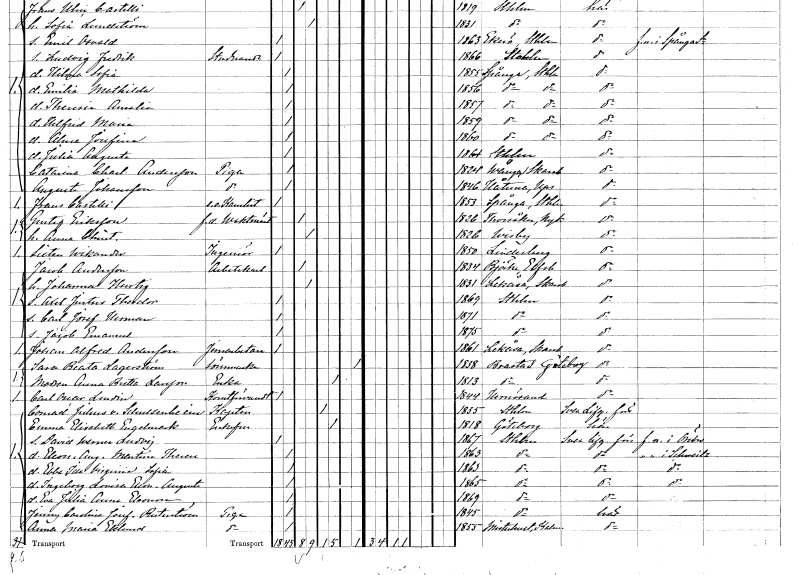
gt_parse: households: individuals: FN: Frans
EN: Castelli
YRKE: Kanslist e.o.
KON: M
CIV: O
FODAR: 1853
FODFORS: Spånga Stockholms län
FN: Gustaf
EN: Eriksson
YRKE: Vaktmästare f.d.
KON: M
CIV: G
FODAR: 1826
FODFORS: Torsåker Södermanlands län
FN: Anna Christina
KON: K
CIV: G
FODAR: 1826
FODFORS: Visby Gotlands län
FN: Sixten
EN: Wikander
YRKE: Ingenjör
KON: M
CIV: O
FODAR: 1850
FODFORS: Lindesberg Örebro län
FN: Jacob
EN: Andersson
YRKE: Arbetskarl
KON: M
CIV: G
FODAR: 1834
FODFORS: Björke Älvsborgs län
FN: Johanna
EN: Hurtig
KON: K
CIV: G
FODAR: 1831
FODFORS: Lekåsa Skaraborgs län
FN: Axel Justus Theodor
KON: M
CIV: O
FODAR: 1869
FODFORS: Stockholm
FN: Carl Josef Herman
KON: M
CIV: O
FODAR: 1871
FODFORS: Stockholm
FN: Jacob Emanuel
KON: M
CIV: O
FODAR: 1875
FODFORS: Stockholm
FN: Johan Alfred
EN: Andersson
YRKE: Järnarbetare
KON: M
CIV: O
FODAR: 1861
FODFORS: Lekåsa Skaraborgs län
FN: Sara Beata
EN: Lagerström
YRKE: Sömmerska
KON: K
CIV: X
FODAR: 1838
FODFORS: Brastad Göteborgs- och Bohuslän
FN: Anna Britta
EN: Larsson
YRKE: Änka
KON: K
CIV: E
FODAR: 1813
FODFORS: Brastad Göteborgs- och Bohuslän
FN: Carl Oscar
EN: Lundin
YRKE: Konstförvandt
KON: M
CIV: O
FODAR: 1844
FODFORS: Härnösand Västernorrlands län
FN: Conrad Julius
EN: von Schulzenheim
YRKE: Kapten
KON: M
CIV: E
FODAR: 1835
FODFORS: Stockholm
FN: Emma Elisabeth
EN: Engelmark
KON: K
CIV: E
FODAR: 1818
FODFORS: Göteborg Göteborgs- och Bohuslän
FN: David Werner Ludvig
KON: M
CIV: O
FODAR: 1867
FODFORS: Stockholm
FN: Eleonora Augusta Martina Therese
KON: K
CIV: O
FODAR: 1863
FODFORS: Stockholm
FN: Ebba Ida Virginia Sofia
KON: K
CIV: O
FODAR: 1863
FODFORS: Stockholm
FN: Ingeborg Lovisa Eleonora Augusta
KON: K
CIV: O
FODAR: 1865
FODFORS: Stockholm
FN: Eva Julia Anna Eleonora
KON: K
CIV: O
FODAR: 1869
FODFORS: Stockholm
FN: Jenny Carolina Josefina
EN: Ruterström
YRKE: Piga
KON: K
CIV: O
FODAR: 1845
FODFORS: Stockholm
FN: Anna Maria
EN: Eklund
YRKE: Piga
KON: K
CIV: O
FODAR: 1855
FODFORS: Misterhult Kalmar län